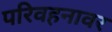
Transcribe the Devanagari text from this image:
परिवहनावर